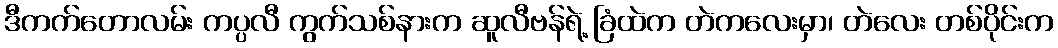
ဒီကက်တောလမ်း ကပ္ပလီ ကွက်သစ်နားက ဆူလီဗန်ရဲ့ ခြံထဲက တဲကလေးမှာ၊ တဲလေး တစ်ပိုင်းက